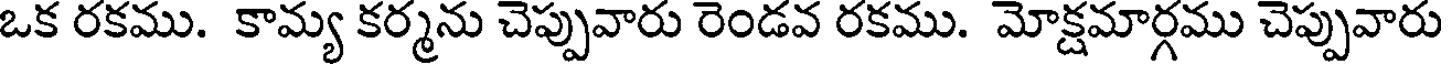
ఒక రకము. కామ్య కర్మను చెప్పువారు రెండవ రకము. మోక్షమార్గము చెప్పువారు